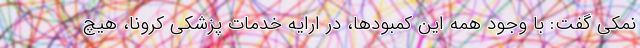
نمکی گفت: با وجود همه این کمبودها، در ارایه خدمات پزشکی کرونا، هیچ